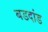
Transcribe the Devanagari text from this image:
बडदांड